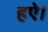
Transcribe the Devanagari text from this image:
हऐ।